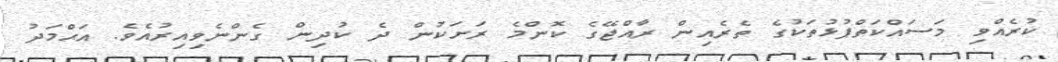
ކުރެއްވި މަސައްކަތްޕުޅުތަކުގެ ތެރެއިން ރާއްޖޭގެ ކޮންމެ ރަށަކުން ދެ ކުދިން ގެންނެވިއިރުއެވެ. އަޙްމަދު